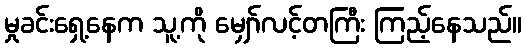
မှုခင်းရှေ့နေက သူ့ကို မျှော်လင့်တကြီး ကြည့်နေသည်။